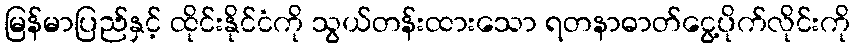
မြန်မာပြည်နှင့် ထိုင်းနိုင်ငံကို သွယ်တန်းထားသော ရတနာဓာတ်ငွေ့ပိုက်လိုင်းကို